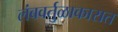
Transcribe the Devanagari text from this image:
लंबवर्तुळाकारात